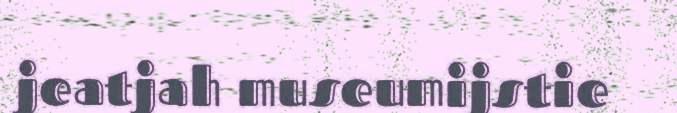
jeatjah museumijstie